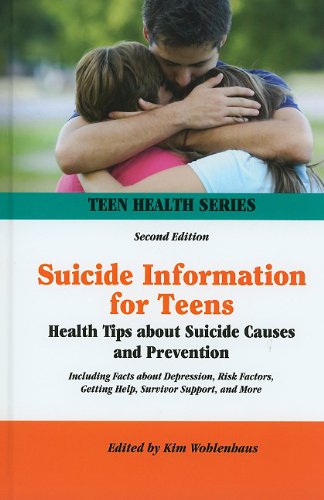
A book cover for Suicide Information for Teens: Health Tips about Suicide Causes and Prevention (Teen Health); Teen & Young Adult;